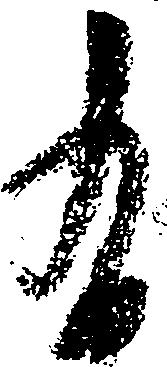
有